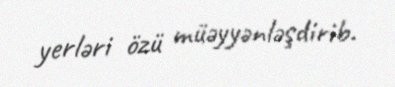
yerləri özü müəyyənləşdirib.